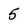
Character: 5